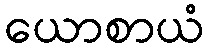
ယောစာယံ